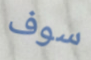
سوف